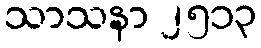
သာသနာ ၂၅၁၃